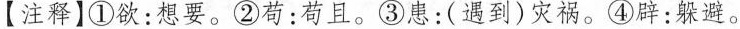
【注释】①欲：想要。②苟：苟且。③患：(遇到)灾祸。④辟：躲避。